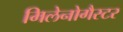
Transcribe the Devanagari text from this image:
मिलेनोगैस्टर